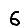
Digit: 6